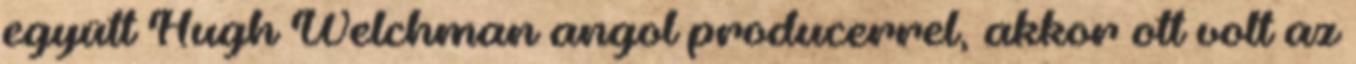
együtt Hugh Welchman angol producerrel, akkor ott volt az